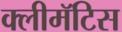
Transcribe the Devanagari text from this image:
क्लीमॅटिस